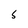
Character: S